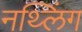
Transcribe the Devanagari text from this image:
नथ्लिंग